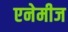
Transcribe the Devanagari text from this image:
एनेमीज